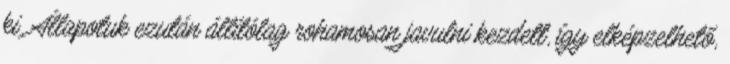
ki. Állapotuk ezután állítólag rohamosan javulni kezdett, így elképzelhető,